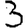
Digit: 3